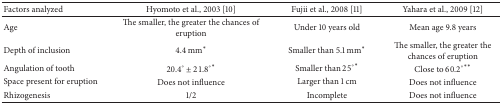
<table><thead><tr><td><b>Factors analyzed</b></td><td><b>Hyomoto et al., 2003 [10]</b></td><td><b>Fujii et al., 2008 [11]</b></td><td><b>Yahara et al., 2009 [12]</b></td></tr></thead><tbody><tr><td>Age</td><td>The smaller, the greater the chances of eruption</td><td>Under 10 years old</td><td>Mean age 9.8 years</td></tr><tr><td>Depth of inclusion</td><td>4.4 mm<sup><i>∗</i></sup></td><td>Smaller than 5.1 mm<sup><i>∗</i></sup></td><td>The smaller, the greater the chances of eruption</td></tr><tr><td>Angulation of tooth</td><td>20.4° ± 21.8°<sup><i>∗</i></sup></td><td>Smaller than 25°<sup><i>∗</i></sup></td><td>Close to 60.2°<sup><i>∗∗</i></sup></td></tr><tr><td>Space present for eruption</td><td>Does not influence</td><td>Larger than 1 cm </td><td>Does not influence</td></tr><tr><td>Rhizogenesis</td><td>1/2</td><td>Incomplete</td><td>Does not influence </td></tr></tbody></table>